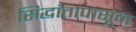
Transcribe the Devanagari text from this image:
सिद्धांतापासून